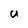
Character: U